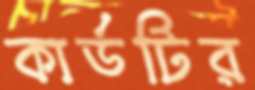
কার্ডটির